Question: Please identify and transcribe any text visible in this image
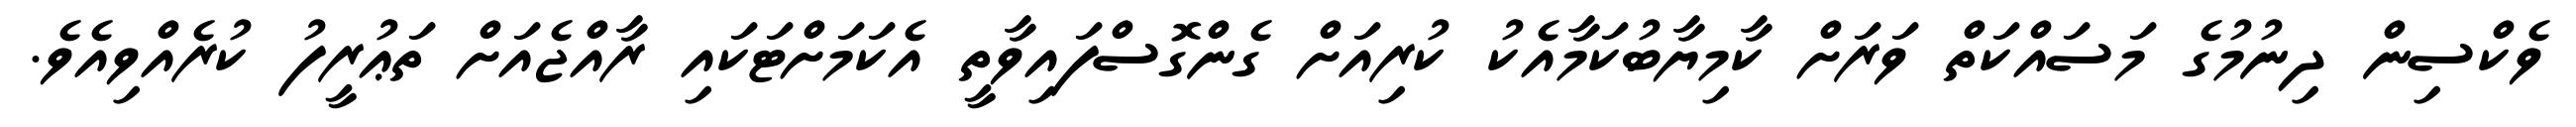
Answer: ވެކްސިން ދިނުމުގެ މަސައްކަތް ވަރަށް ކާމިޔާބުކަމާއެކު ކުރިއަށް ގެންގޮސްފައިވާތީ އެކަމަށްޓަކައި ރާއްޖެއަށް ތަޢުރީފު ކުރެއްވިއެވެ.